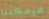
فيمكننا